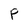
Character: P